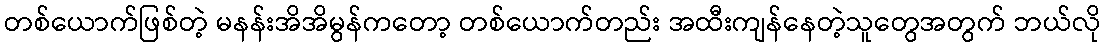
တစ်ယောက်ဖြစ်တဲ့ မနန်းအိအိမွန်ကတော့ တစ်ယောက်တည်း အထီးကျန်နေတဲ့သူတွေအတွက် ဘယ်လို